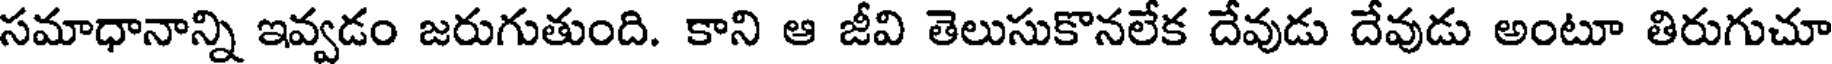
సమాధానాన్ని ఇవ్వడం జరుగుతుంది. కాని ఆ జీవి తెలుసుకొనలేక దేవుడు దేవుడు అంటూ తిరుగుచూ